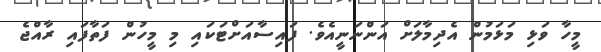
މީހާ ވަޅި މަޅަމުން އެދިމާލަށް އަންނަނީއެވެ. ފައިސާއަށްޓަކައި މި މީހުން ފަތާފައި ރާއްޖެ